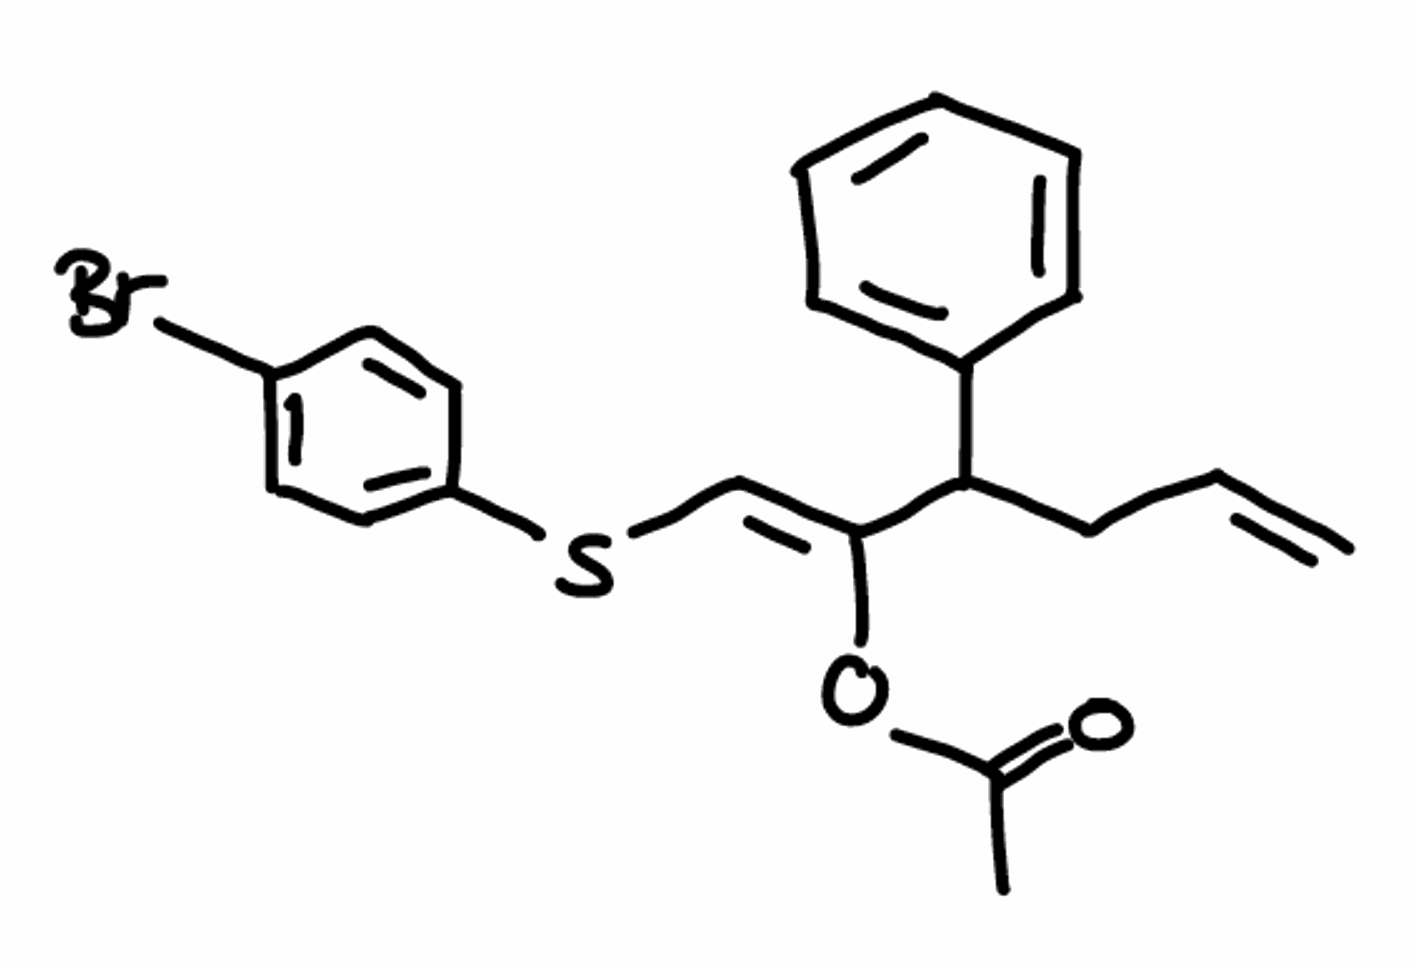
Simplified molecular-input line-entry system (SMILES) notation of the given molecule:
CC(=O)O/C(=C\SC1=CC=C(C=C1)Br)/C(CC=C)C2=CC=CC=C2